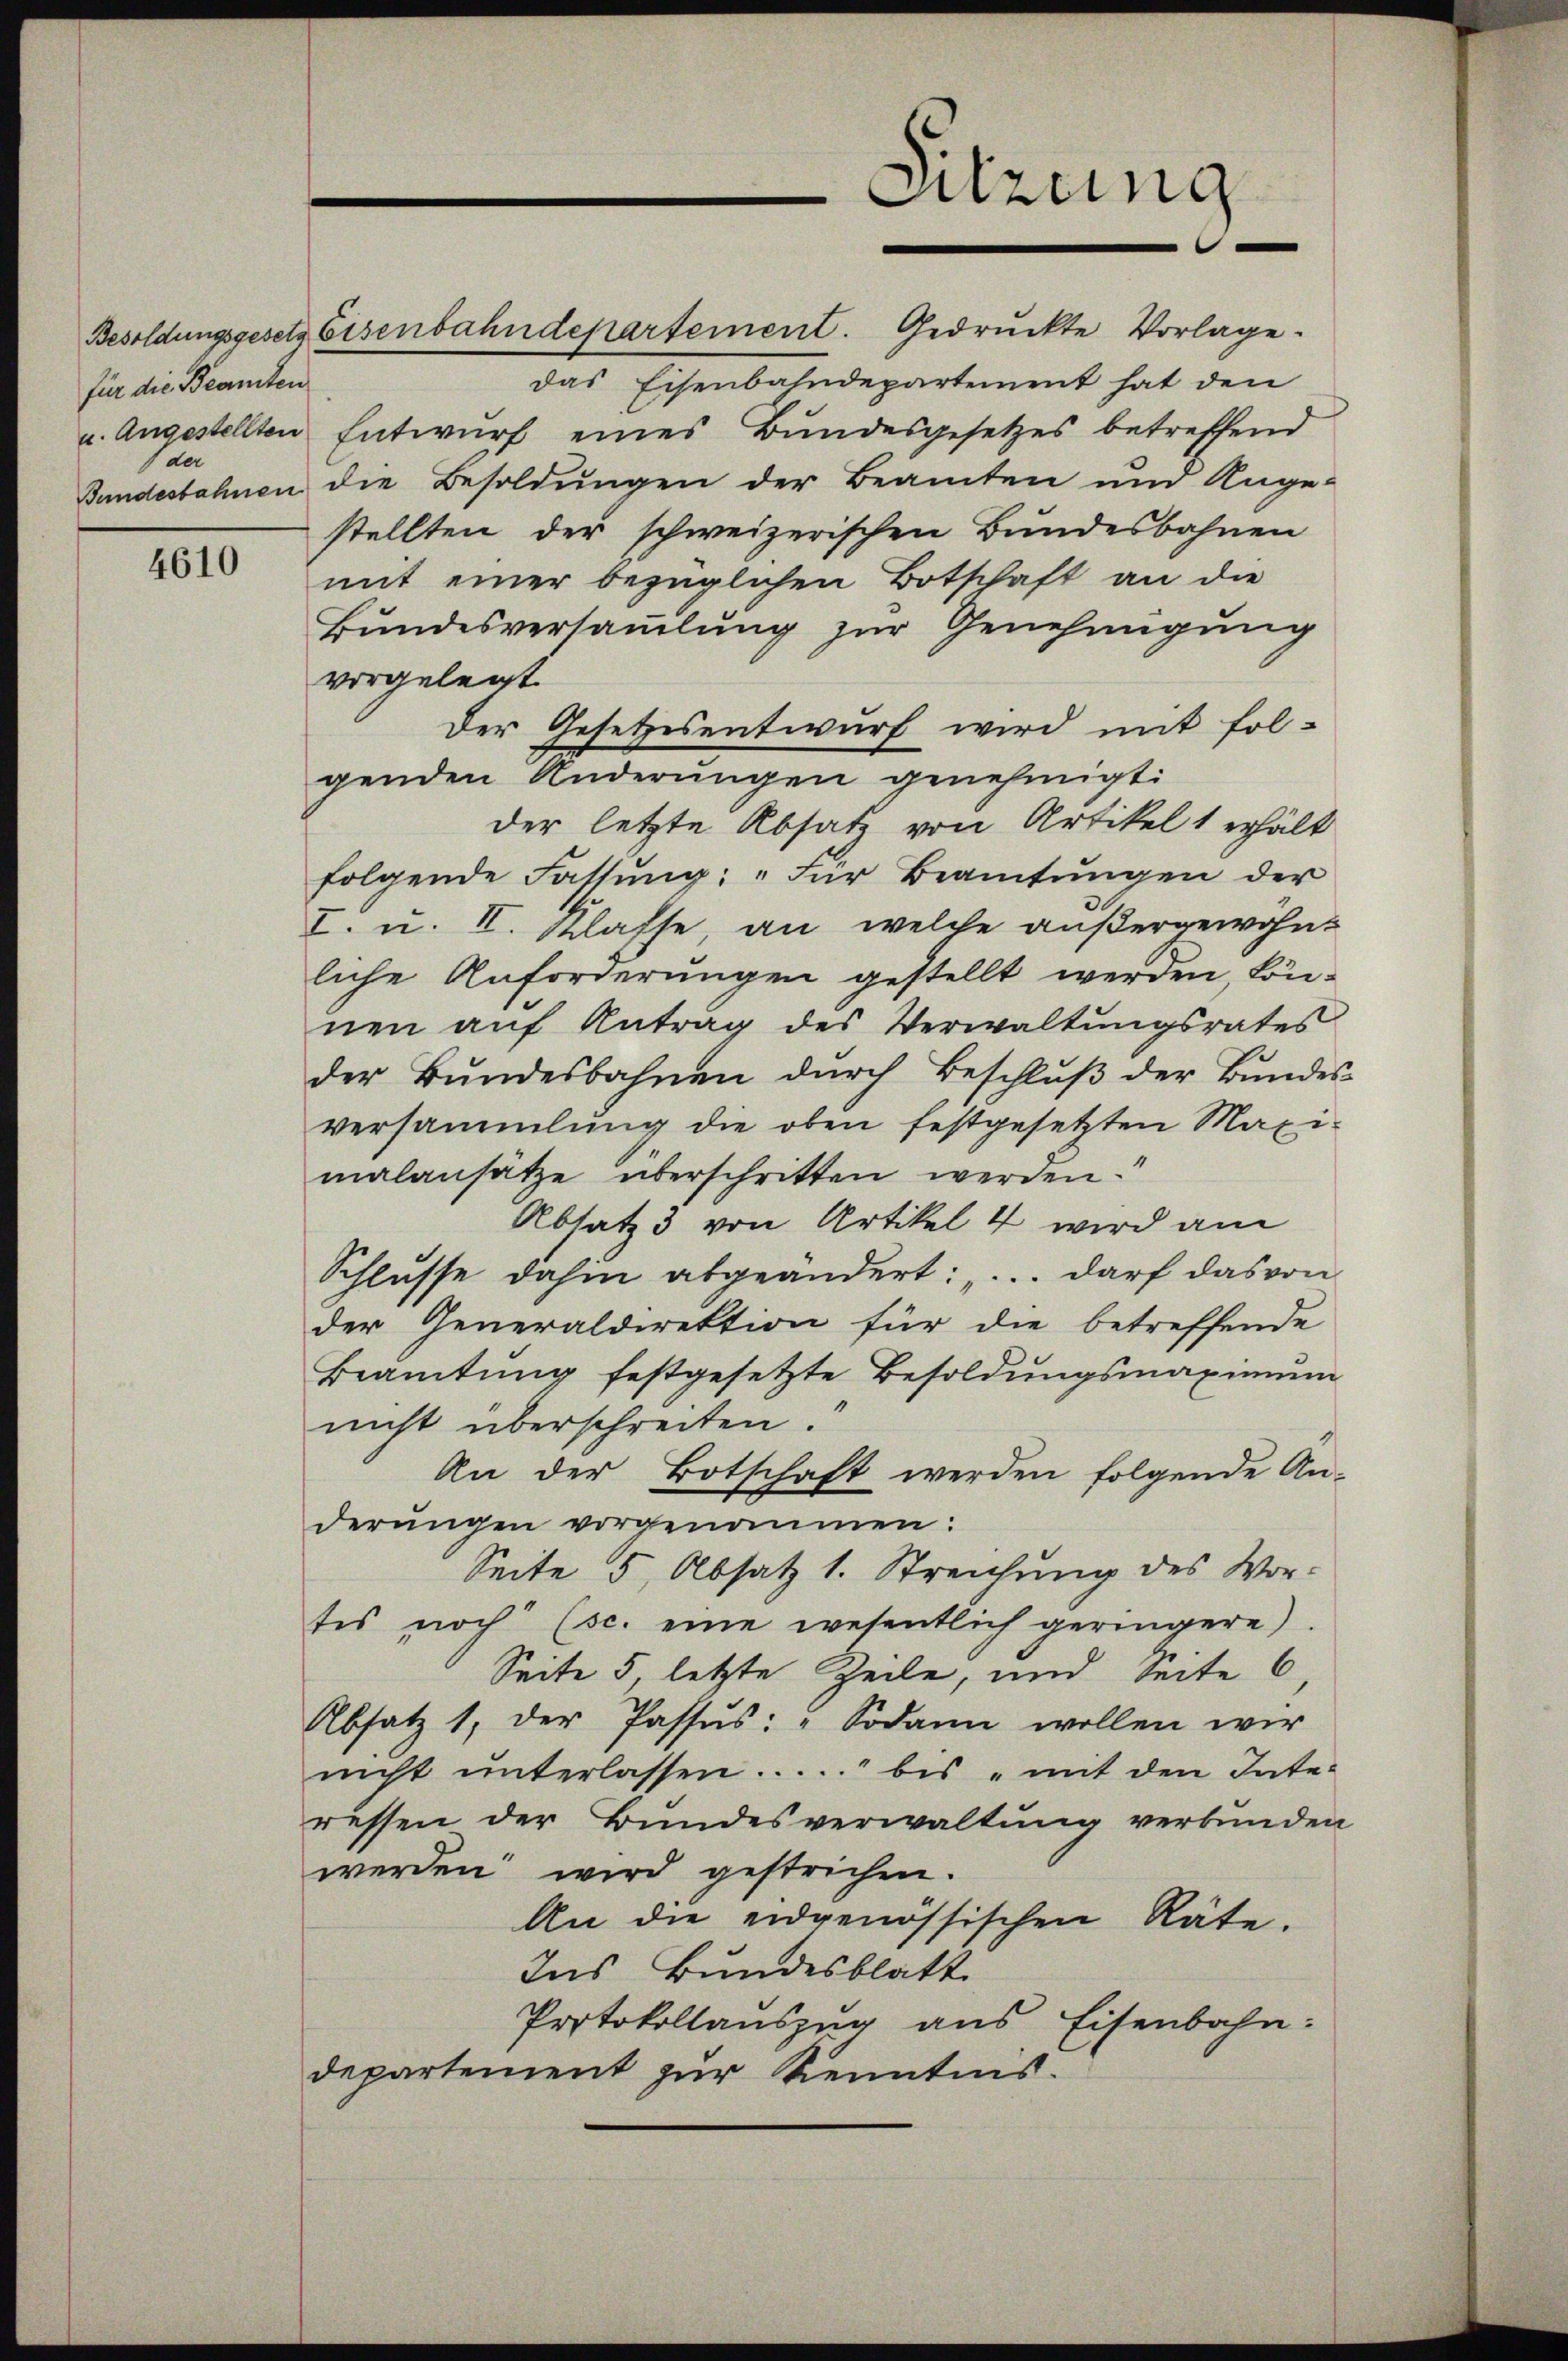
für die Beamten
der

4610

Besoldungsgesetz Eisenbahndepartement. Gedruckte Vorlage.
das Eisenbahndepartement hat den
u. Angestellten Entwurf eines Bundesgesetzes betreffend
Bundesbahnen die Besoldungen der Beamten und Ange-
stellten der schweizerischen Bundesbahnen
mit einer bezüglichen Botschaft an die
Bundesversammlung zur Genehmigung
vorgelegt.
Der Gesetzesentwurf wird mit folgenden Anderŭngen genehmigt:
der letzte Absatz von Artikel 1 erhält
folgende Fassŭng: "Für Beamtŭngen der
I. u. II. Klasse, an welche außergewohn-
liche Anforderungen gestellt werden, können aŭf Antrag des Verwaltŭngsrates
der Bŭndesbahnen dŭrch Beschlŭβ der Bŭndes-
versammlung die oben festgesetzten Maxi-
malansätze überschritten werden.
Absatz 3 von Artikel 4 wird am
Schlusse dahin abgeändert: ".. darf das von
der Generaldirektion für die betreffende
Beamtŭng festgesetzte Besoldŭngsmaximŭm
nicht überschreiten.
An der Botschaft werden folgende An-
derŭngen vorgenommen:
Seite 5, Absatz 1. Streichung des Wor-
tes noch (sc. eine wesentlich geringere.
Seite 5, letzte Zeile, und Seite 6
Absatz 1, der Passus: „Sodann wollen wir
nicht ŭnterlassen ...... bis mit den Inte-
ressen der Bundesverwaltung verbunden
werden wird gestrichen.
An die eidgenössischen Räte.
Ins Bundesblatt
Protokollauszug aus Eisenbahn.
departement zur Kenntnis.

Sitzung